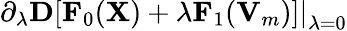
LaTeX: \left.\partial_{\lambda}{\mathbf D}[{\mathbf F}_{0}({\mathbf X})+\lambda{\mathbf F}_{1}({\mathbf V}_{m})]\right\vert_{\lambda=0}